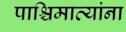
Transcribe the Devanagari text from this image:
पाश्चिमात्यांना